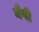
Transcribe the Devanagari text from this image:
मैपी